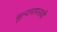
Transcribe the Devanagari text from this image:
मूल्यमापनाची